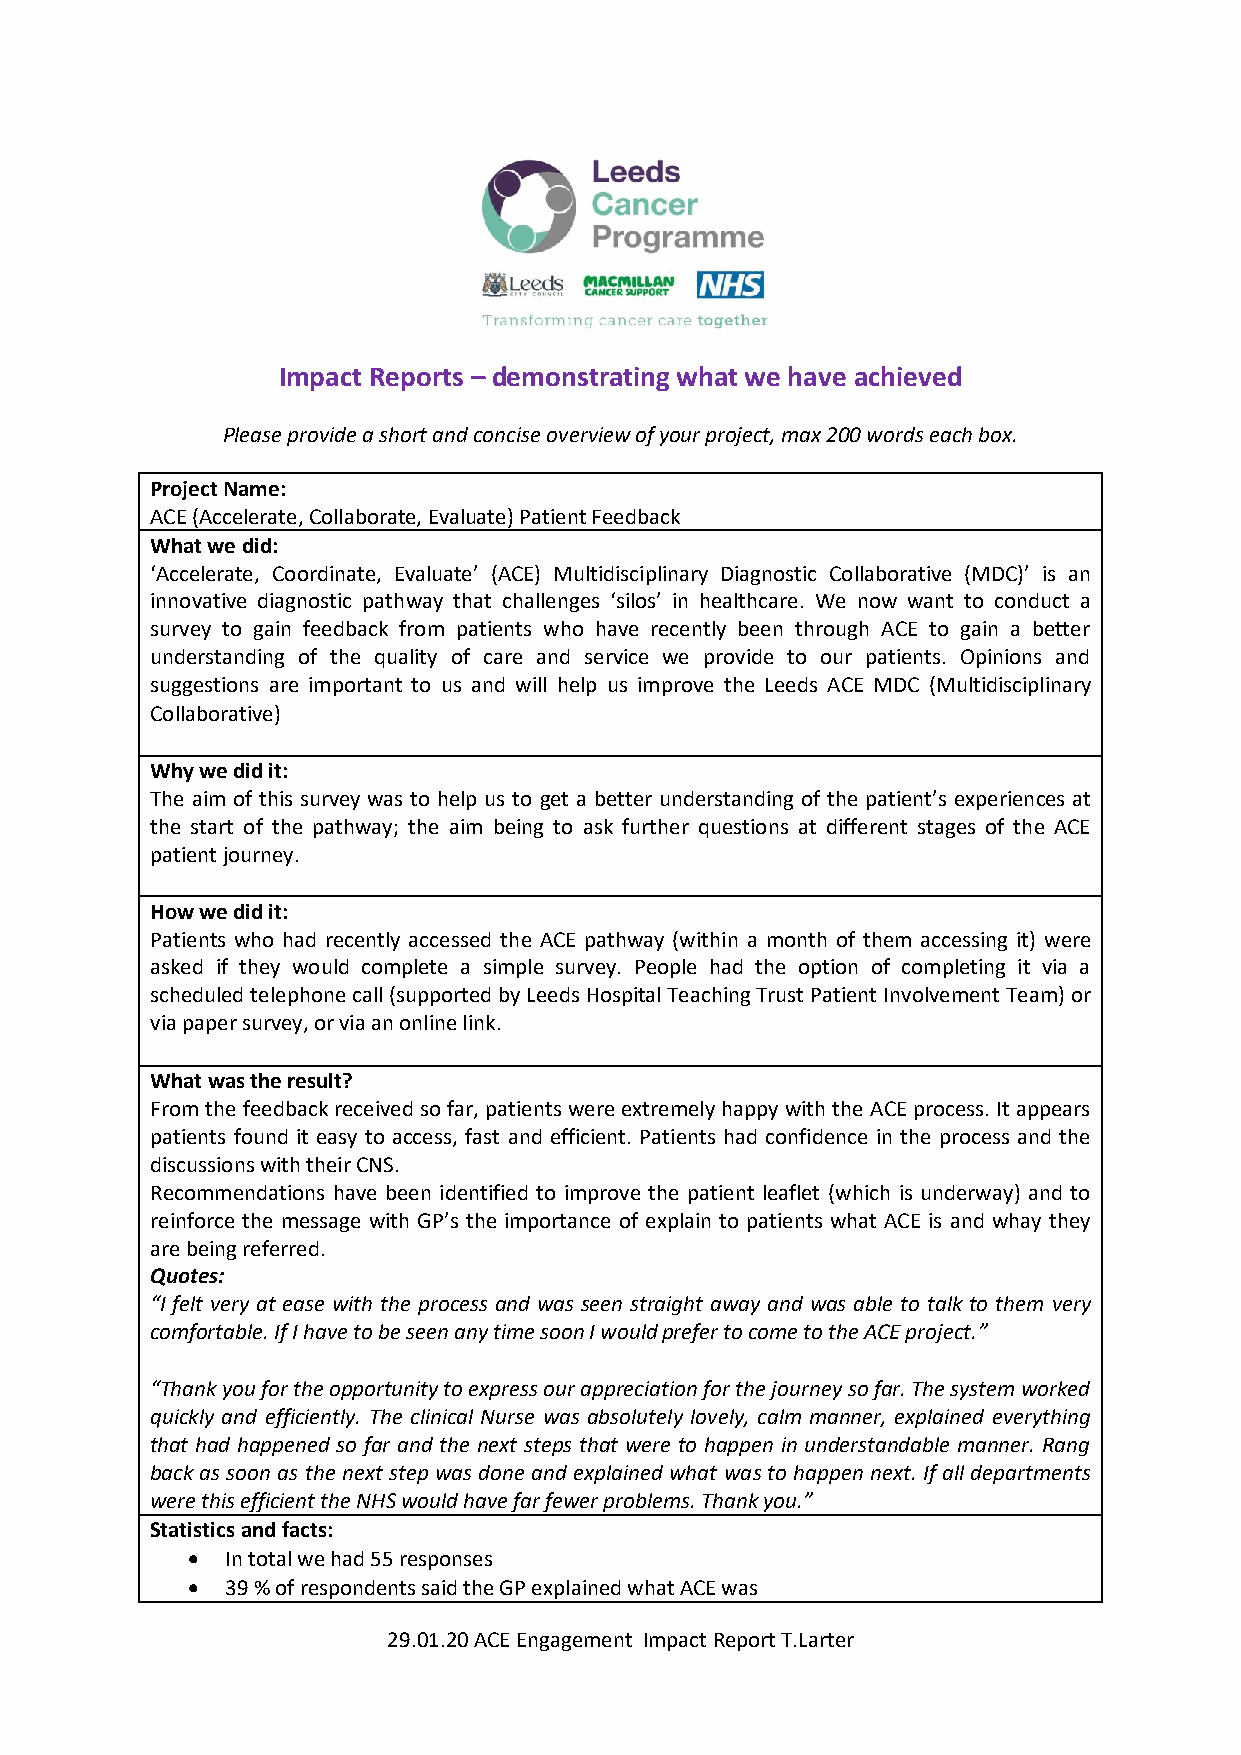
Impact Reports – demonstrating what we have achieved
 Please provide a short and concise overview of your project, max 200 words each box.
 Project Name:
 ACE (Accelerate, Collaborate, Evaluate) Patient Feedback
 What we did:
 ‘Accelerate, Coordinate, Evaluate’ (ACE) Multidisciplinary Diagnostic Collaborative (MDC)’ is an
 innovative diagnostic pathway that challenges ‘silos’ in healthcare. We now want to conduct a
 survey to gain feedback from patients who have recently been through ACE to gain a better
 understanding of the quality of care and service we provide to our patients. Opinions and
 suggestions are important to us and will help us improve the Leeds ACE MDC (Multidisciplinary
 Collaborative)
 Why we did it:
 The aim of this survey was to help us to get a better understanding of the patient’s experiences at
 the start of the pathway; the aim being to ask further questions at different stages of the ACE
 patient journey.
 How we did it:
 Patients who had recently accessed the ACE pathway (within a month of them accessing it) were
 asked if they would complete a simple survey. People had the option of completing it via a
 scheduled telephone call (supported by Leeds Hospital Teaching Trust Patient Involvement Team) or
 via paper survey, or via an online link.
 What was the result?
 From the feedback received so far, patients were extremely happy with the ACE process. It appears
 patients found it easy to access, fast and efficient. Patients had confidence in the process and the
 discussions with their CNS.
 Recommendations have been identified to improve the patient leaflet (which is underway) and to
 reinforce the message with GP’s the importance of explain to patients what ACE is and whay they
 are being referred.
 Quotes:
 “I felt very at ease with the process and was seen straight away and was able to talk to them very
 comfortable. If I have to be seen any time soon I would prefer to come to the ACE project.”
 “Thank you for the opportunity to express our appreciation for the journey so far. The system worked
 quickly and efficiently. The clinical Nurse was absolutely lovely, calm manner, explained everything
 that had happened so far and the next steps that were to happen in understandable manner. Rang
 back as soon as the next step was done and explained what was to happen next. If all departments
 were this efficient the NHS would have far fewer problems. Thank you.”
 Statistics and facts:
   In total we had 55 responses
   39 % of respondents said the GP explained what ACE was
 29.01.20 ACE Engagement Impact Report T.Larter